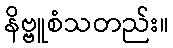
နိဗ္ဗူစံသတည်း။